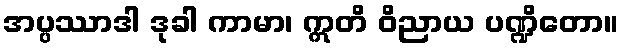
အပ္ပဿာဒါ ဒုခါ ကာမာ၊ ဣတိ ဝိညာယ ပဏ္ဍိတော။